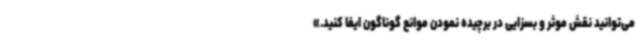
می‌توانید نقش موثر و بسزایی در برچیده نمودن موانع گوناگون ایفا کنید.»